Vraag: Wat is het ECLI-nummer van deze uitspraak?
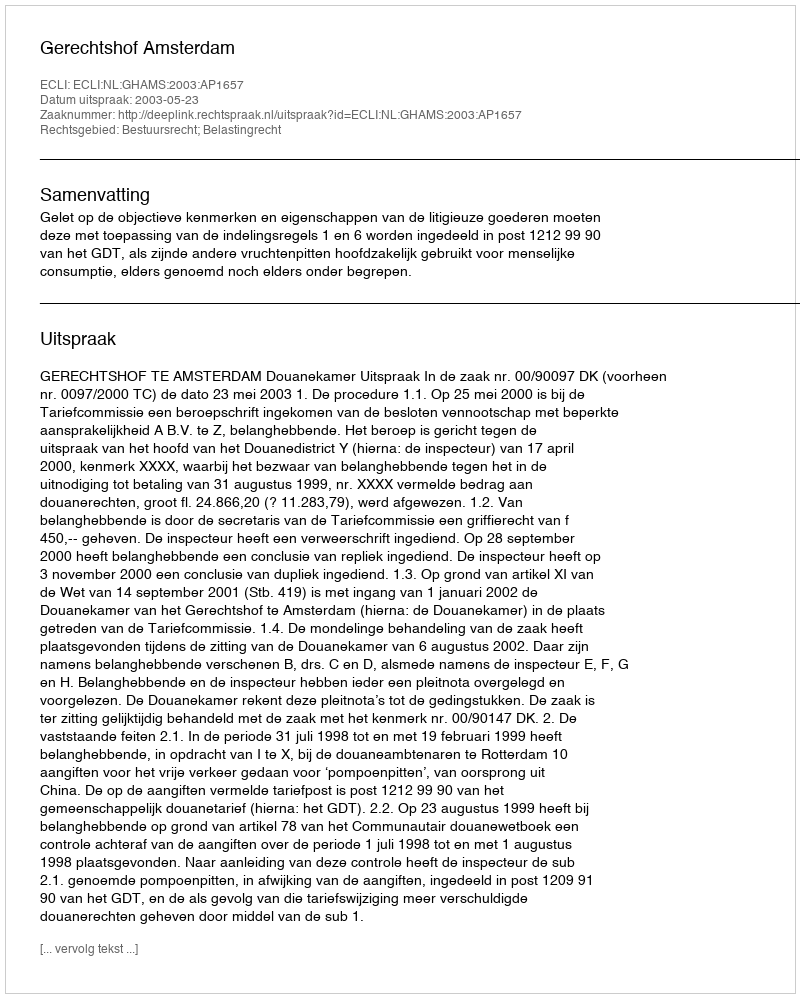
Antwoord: ECLI:NL:GHAMS:2003:AP1657